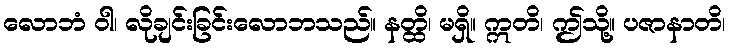
လောဘံ ဝါ၊ လိုချင်းခြင်းလောဘသည်။ နတ္ထိ၊ မရှိ။ ဣတိ၊ ဤသို့။ ပဇာနာတိ၊